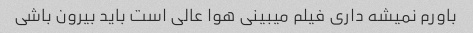
باورم نمیشه داری فیلم میبینی هوا عالی است باید بیرون باشی